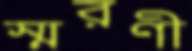
স্মরণী